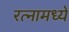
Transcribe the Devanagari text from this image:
रत्‍नामध्ये